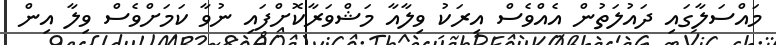
މައްސަލާގައި ދައުލަތުން އެއްވެސް އިރަކު ވިލާއާ މަޝްވަރާކޮށްފައި ނުވާ ކަމަށްވެސް ވިލާ އިން